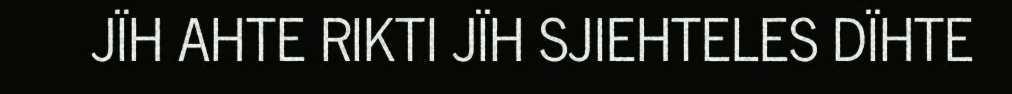
JÏH AHTE RIKTI JÏH SJIEHTELES DÏHTE